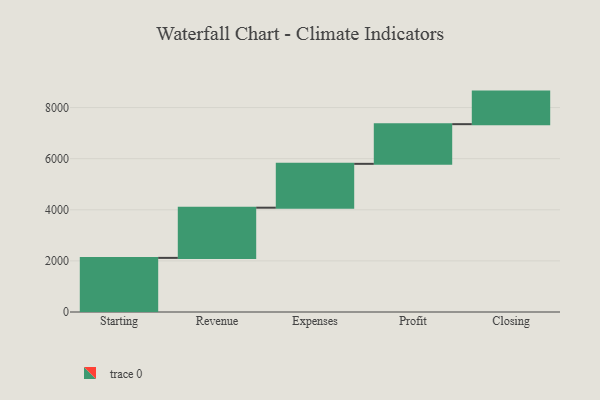
{"axis": {"x": "Step", "y": "Value"}, "legend": [""], "data": [{"x": "Starting", "y": 2118.0, "type": ""}, {"x": "Revenue", "y": 1964.0, "type": ""}, {"x": "Expenses", "y": 1716.0, "type": ""}, {"x": "Profit", "y": 1553.0, "type": ""}, {"x": "Closing", "y": 1274.0, "type": ""}]}